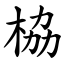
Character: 栛